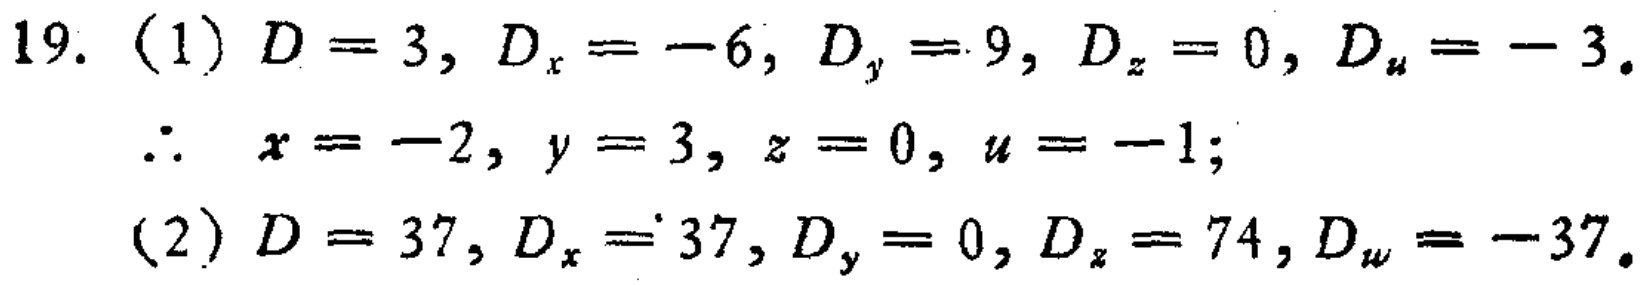
19. (1) \(D = 3, D_x=-6, D_y = 9, D_z = 0, D_u=-3\).
\(\therefore x=-2, y = 3, z = 0, u=-1\);
(2) \(D = 37, D_x = 37, D_y = 0, D_z = 74, D_w=-37\).